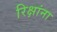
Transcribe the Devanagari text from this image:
रिक्षांना